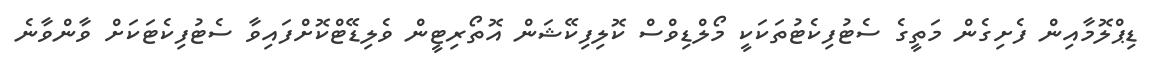
ޑިޕްލޮމާއިން ފެށިގެން މަތީގެ ސެޓުފިކެޓުތަކަކީ މޯލްޑިވްސް ކޮލިފިކޭޝަން އޮތޯރިޓީން ވެލިޑޭޓްކޮށްފައިވާ ސެޓުފިކެޓަކަށް ވާންވާނެ